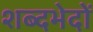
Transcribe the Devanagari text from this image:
शब्दभेदों